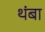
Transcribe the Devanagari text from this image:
थंबा